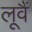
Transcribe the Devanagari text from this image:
लूवैं